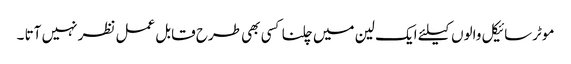
موٹرسائیکل والوں کیلئے ایک لین میں چلنا کسی بھی طرح قابل عمل نظر نہیں آتا ۔